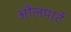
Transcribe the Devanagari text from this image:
औलपार्ट